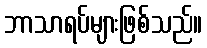
ဘာသာရပ်များဖြစ်သည်။